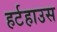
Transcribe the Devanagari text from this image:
हर्टहाउस